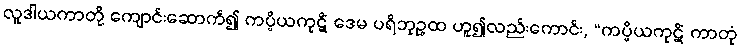
လူဒါယကာတို့ ကျောင်းဆောက်၍ ကပ္ပိယကုဋိံ ဒေမ ပရိဘုဉ္ဇထ ဟူ၍လည်းကောင်း, “ကပ္ပိယကုဋိံ ကာတုံ